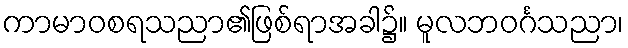
ကာမာဝစရသညာ၏ဖြစ်ရာအခါ၌။ မူလဘဝင်္ဂသညာ၊